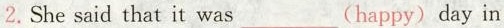
2.She said that it was ___(happy)day in